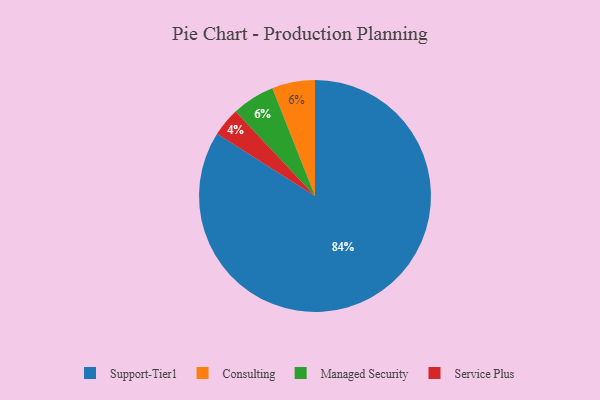
{"axis": {"x": "Category", "y": "Percentage"}, "legend": ["Consulting", "Managed Security", "Service Plus", "Support-Tier1"], "data": [{"x": "Support-Tier1", "y": 84, "type": "Support-Tier1"}, {"x": "Consulting", "y": 6, "type": "Consulting"}, {"x": "Service Plus", "y": 4, "type": "Service Plus"}, {"x": "Managed Security", "y": 6, "type": "Managed Security"}]}